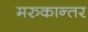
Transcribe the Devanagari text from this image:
मरुकान्तर